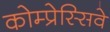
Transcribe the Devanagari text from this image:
कोम्प्रेस्सिवे